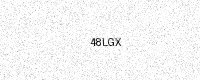
Text: 48LGX